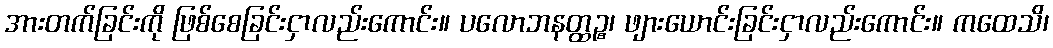
အားတက်ခြင်းကို ဖြစ်စေခြင်းငှာလည်းကောင်း။ ပလောဘနတ္ထဉ္စ၊ ဖျားယောင်းခြင်းငှာလည်းကောင်း။ ကထေသိ၊